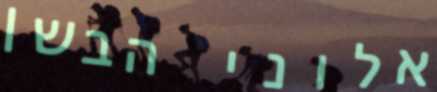
אלוני הבשן